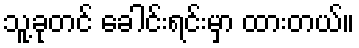
သူ့ခုတင် ခေါင်းရင်းမှာ ထားတယ်။